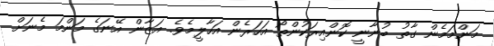
މަންމަމެން ގާތު ބުނާނީ ކޮންއިރަކުންތޯ އަހަރެން އަހާލީމެވެ. އަޒާން އޭނަގެ މަންމަ މެނަށް